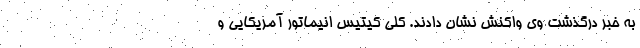
به خبر درگذشت وی واکنش نشان دادند. کلی کیتیس انیماتور آمریکایی و